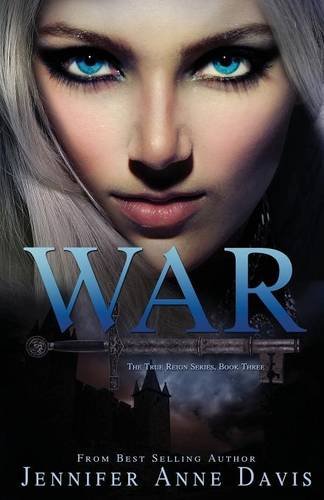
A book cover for War (The True Reign); Jennifer Anne Davis; Teen & Young Adult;